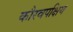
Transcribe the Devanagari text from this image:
कौरवपक्षिय